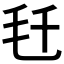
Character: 𬆼